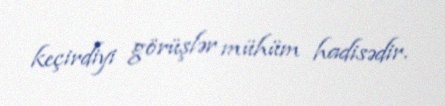
keçirdiyi görüşlər mühüm hadisədir.